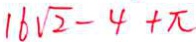
1 6 \sqrt { 2 } - 4 + \pi